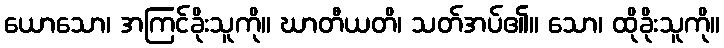
ယောသော၊ အကြင်ခိုးသူကို။ ဃာတီယတိ၊ သတ်အပ်၏။ သော၊ ထိုခိုးသူကို။